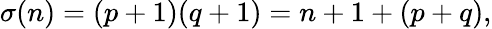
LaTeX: \sigma(n)=(p+1)(q+1)=n+1+(p+q),